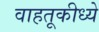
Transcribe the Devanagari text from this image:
वाहतूकीध्ये